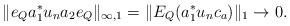
LaTeX: \begin{align*}\lVert e_Q a_1^* u_n a_2 e_Q \rVert_{\infty, 1}&= \lVert E_Q(a_1^* u_n c_a) \rVert_1 \to 0.\end{align*}